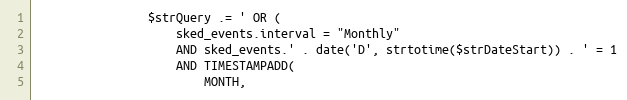
Language: PHP
                $strQuery .= ' OR (
                    sked_events.interval = "Monthly"
                    AND sked_events.' . date('D', strtotime($strDateStart)) . ' = 1
                    AND TIMESTAMPADD(
                        MONTH,